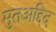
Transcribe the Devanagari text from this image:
मुतअद्दिद